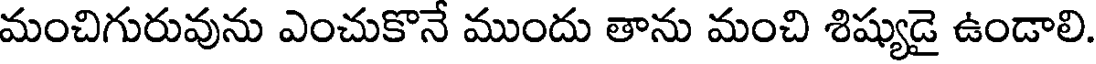
మంచిగురువును ఎంచుకొనే ముందు తాను మంచి శిష్యుడై ఉండాలి